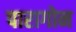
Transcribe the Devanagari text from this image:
पारागोन